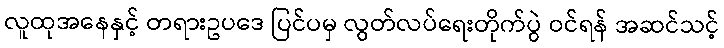
လူထုအနေနှင့် တရားဥပဒေ ပြင်ပမှ လွတ်လပ်ရေးတိုက်ပွဲ ဝင်ရန် အဆင်သင့်